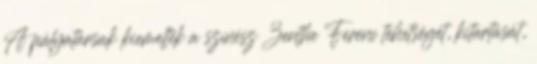
A pályatársak kiemelték a színész Zenthe Ferenc tehetségét, kitartását,